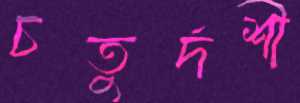
চতুর্দশী